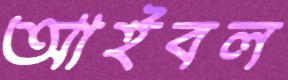
আইবল